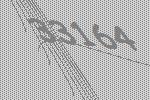
33164